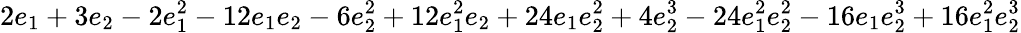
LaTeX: \displaystyle 2e_{1}+3e_{2}-2e_{1}^{2}-12e_{1}e_{2}-6e_{2}^{2}+12e_{1}^{2}e_{2}+24e_{1}e_{2}^{2}+4e_{2}^{3}-24e_{1}^{2}e_{2}^{2}-16e_{1}e_{2}^{3}+16e_{1}^{2}e_{2}^{3}